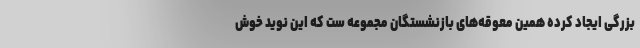
بزرگی ایجاد کرده همین معوقه‌های بازنشستگان مجموعه ست که این نوید خوش